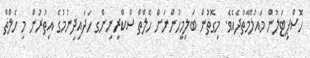
ހޮސްޕިޓަލުން މައުލޫމާތުދެއެވެ. މިގޮތުން ބަލިމީހުންނަށް ހެލްތް ސްކްރީނިންގ ހަދައިދިނުމުގެ އިތުރުން މި ހެލްތް